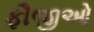
ફૌજીઓ